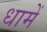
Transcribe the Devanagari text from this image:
धामें